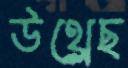
উথ্‌লেছ